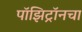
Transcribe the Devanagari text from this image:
पॉझिट्रॉनचा